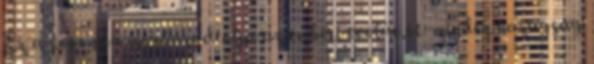
Ez a koponya meghazudtolja az emberi evolúciót: minden hazugság